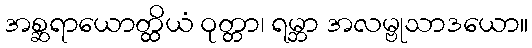
အစ္ဆရာယောတ္ထိယံ ဝုတ္တာ၊ ရမ္ဘာ အလမ္ဗုသာဒယော။